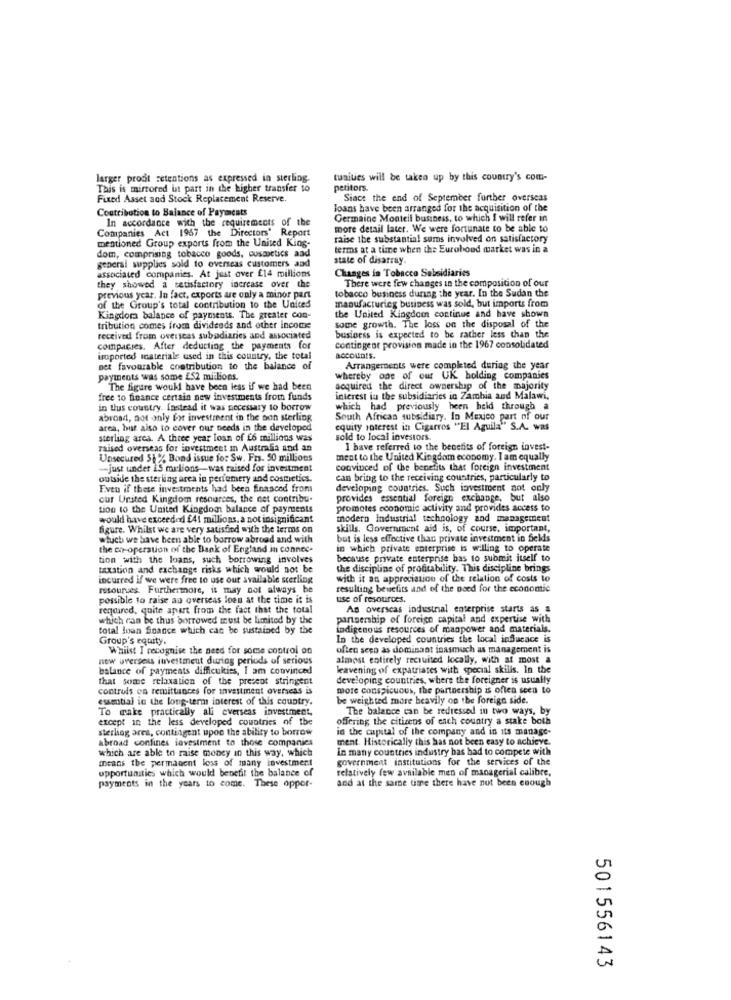
larger prodt retentions as expressed in sterling.
tunities will be taken up by this country's com-
This is mirrored int part in the higher transfer to
petitors.
Fixed Asset and Stock Replacement Reserve.
Siact the end of September further overseas
Contribution to Balance of Payments
Joans have been arranged for the acquisition of the
In accordance with the requirements of the
Germaine Montell business, to which I will refer in
Companies Act 1967 the Directors' Report
more detail later. We were fortunate to be able to
raise the substantial sums involved on satisfactory
mentioned Group exports from the United King-
terms at a time when the Eurobond market was in a
dom, comprising tobacco goods, cosmetics aad
state of disarray.
general supplies sold to overseas customers and
associated companies. At just over £14 millions
Changes in Tobacco Subsidiaries
they showed a satisfactory increase over the
tobacco business during the year. In the Sudan the
There were few changes in the composition of our
previous year. In fact, exports are only a minor part
of the Group's total contribution to the United
manufacturing business was sold, but imports from
Kingdom balance of payments. The greater con-
the United Kingdom continue and have shown
tribution comes from dividends and other income
some growth. The loss on the disposal of the
received from overseas subadiaries and associated
business is expected to be rather less than the
compacses. After deducting the payments for
contingent provision made in the 1967 consolidated
imported materiale used in this country, the total
accountS.
Det favourable contribution to the balance of
Arrangements were completed during the year
payments was some £52 millions.
whereby one of our UK holding companies
The figure woukl have been less if we had been
acquired the direct ownership of the majority
free to finance certain new investments from funds
interest in the subsidiaries in Zambia and Malawi,
in thus country. Instead it was necessary to borrow
which had previously been held through a
abroad, not only for investment in the bon sterling
South African subsidiary. In Mexico part of our
area, but also to cover our needs in the developed
equity soterest in Cigarros "El Aguila" S.A. was
sterling area. A three year loan of £6 millions was
sold to local investors.
raised overseas for investmeet in Australia and an
I have referred to the benefits of foreign invest-
Unsecured 51% Bond issue for Sw. Frs. 50 millions
ment to the United Kingdom economy. I am equally
-- just under 15 milions-was raised for investment
convinced of the benefits that foreign investment
outside the sterling area in perfumery and cosmetics.
can bring to the receiving countries, particularly to
Even if these investments had been financed from
developing countries. Such investment not only
cur United Kingdom resources, the net contribu-
provides essential foreign exchange, but also
tion to the United Kingdom balance of payments
promotes economic activity and provides access to
would have exceeded £41 millions, a not insignificant
modern industrial technology and management
figure. Whilst we are very satisfied with the terms on
skills. Government ald is, of course, important,
wtuch we have been able to borrow abroad and with
but is less effective than private investment in fields
the co-operation of the Bank of England in connec-
in which private enterprise is willing to operate
tion with the loans, such borrowing involves
because private enterprise bas to submit itself to
taxation and exchange risks which would not be
the discipline of profitability. This discipline brings
incurred if we were free to use our available sterling
with it an appreciation of the relation of costs to
resources. Furthermore, it may not always be
resulting benefits and of the need for the economic
possible to raise an overseas loen at the time it is
use of resources.
required, quite apart from the fact that the total
As overseas industrial enterprise starts as a
which can be thus borrowed must be limited by the
partnership of foreign capital and expertise with
total loan Soance which can be sustained by the
indigenous resources of manpower and materials.
Group's equity.
In the developed countries the local influcace is
Whilst I recognise the need for some control on
often seco as dominant inasmuch as management is
new uversess investment during periods of serious
almost entirely recruited locally, with at most a
balance of payments difficulties, I am convinced
leavening of expatriates with special skills. In the
that some relaxation of the present stringent
developing countries, where the foreigner is usually
controls os remittances for investment overseas is
more conspicuous, the partnership is often seen to
essential in the long-term interest of this country.
be weighted more heavily on the foreign side.
To make practically all everseas investment,
The balance can be redressed in two ways, by
except in the less developed countries of the
offering the citizens of each country a stake both
sterling ares, contingent upon the ability to borrow
in the capital of the company and in its manage-
abroad confines investment to those companies
ment. Historically this has not been easy to achieve.
which are able to raise money in this way, which
In many countries industry has had to compete with
means the permanent loss of many investment
government institutions for the services of the
opportunities which would benefit the balance of
relatively few available men of managerial calibre,
and at the same time there have not been enough
payments in the years to come. These oppor-
501556143